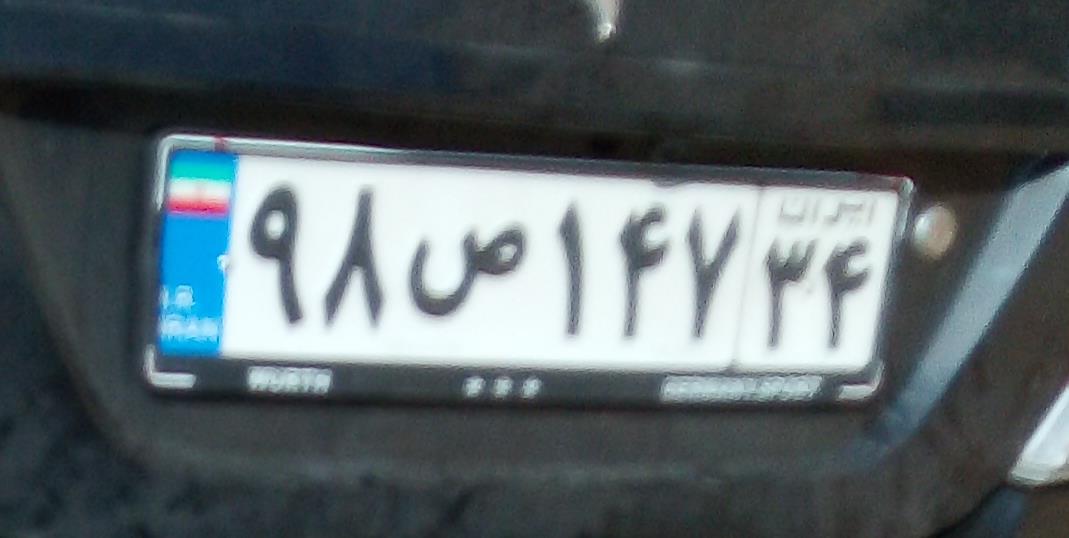
۹۸ص۱۴۷۳۴